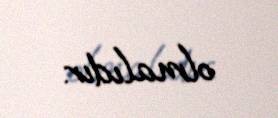
olmalıdır.